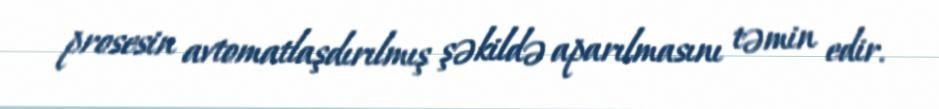
prosesin avtomatlaşdırılmış şəkildə aparılmasını təmin edir.